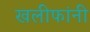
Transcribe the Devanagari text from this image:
खलीफांनी